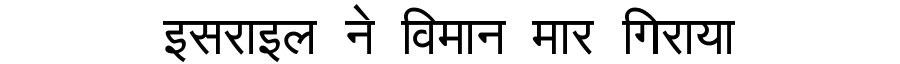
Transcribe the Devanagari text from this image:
इसराइल ने विमान मार गिराया